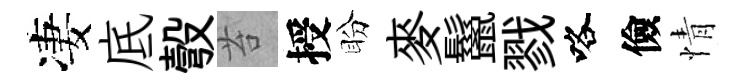
凄底彀苔授盼麥鬣戮咯儉情